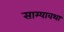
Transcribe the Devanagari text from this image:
साम्यावथा